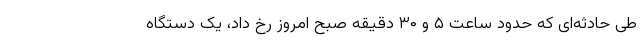
طی حادثه‌ای که حدود ساعت ۵ و ۳۰ دقیقه صبح امروز رخ داد، یک دستگاه